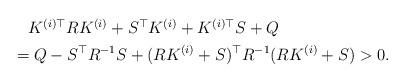
LaTeX: \begin{align*}\begin{aligned}&~~~K^{(i)\top} RK^{(i)}+S^{\top} K^{(i)}+K^{(i)\top} S+Q\\&=Q-S^{\top} R^{-1}S+(RK^{(i)}+S)^{\top} R^{-1}(RK^{(i)}+S)>0.\end{aligned}\end{align*}